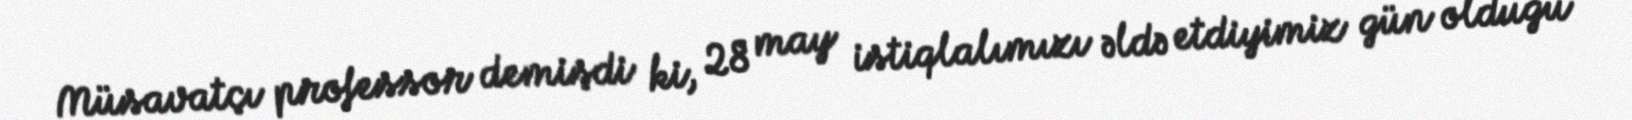
Müsavatçı professor demişdi ki, 28 may istiqlalımızı əldə etdiyimiz gün olduğu